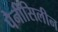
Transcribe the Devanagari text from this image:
पैनीसिलीन